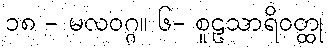
၁၈ - မလဝဂ္ဂ။ ၆- စူဠသာရိဝတ္ထု